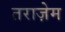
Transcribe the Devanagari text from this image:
तराज़ेम